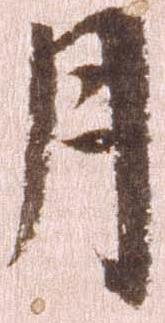
月